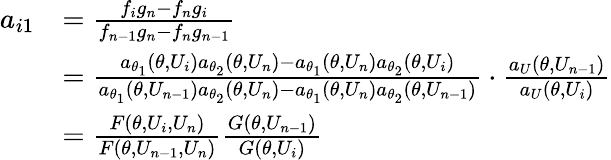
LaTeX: \begin{array}{rl}{a_{i1}}&{=\frac{f_{i}g_{n}-f_{n}g_{i}}{f_{n-1}g_{n}-f_{n}g_{n-1}}}\\ &{=\frac{a_{\theta_{1}}(\theta,U_{i})a_{\theta_{2}}(\theta,U_{n})-a_{\theta_{1}}(\theta,U_{n})a_{\theta_{2}}(\theta,U_{i})}{a_{\theta_{1}}(\theta,U_{n-1})a_{\theta_{2}}(\theta,U_{n})-a_{\theta_{1}}(\theta,U_{n})a_{\theta_{2}}(\theta,U_{n-1})}\cdot\frac{a_{U}(\theta,U_{n-1})}{a_{U}(\theta,U_{i})}}\\ &{=\frac{F(\theta,U_{i},U_{n})}{F(\theta,U_{n-1},U_{n})}\frac{G(\theta,U_{n-1})}{G(\theta,U_{i})}}\end{array}